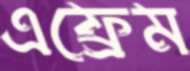
এফ্রেম